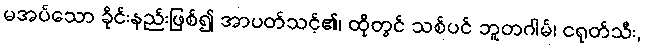
မအပ်သော ခိုင်းနည်းဖြစ်၍ အာပတ်သင့်၏၊ ထိုတွင် သစ်ပင် ဘူတဂါမ်၊ ငရုတ်သီး,